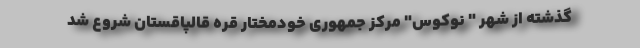
گذشته از شهر " نوکوس" مرکز جمهوری خودمختار قره قالپاقستان شروع شد